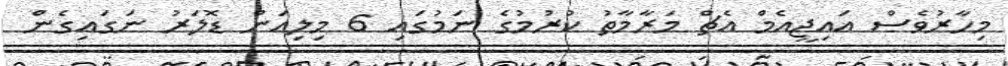
މިހާރުވެސް އައިޖީއެމް އެޗް މަރާމާތު ކުރުމުގެ ނަމުގައި 6 މިލިއަން ޑޮލަރު ނަގައިގެން